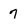
Character: 7